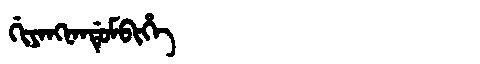
Manchu: ᡤᡳᠶᠠᠩᠨᠠᠨᡩᡠᠮᠪᡳᡥᡝ
Romanization: GIYANGNANDUMBIHE